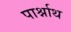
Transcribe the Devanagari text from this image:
पार्श्नाथ